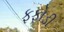
ફફોડી